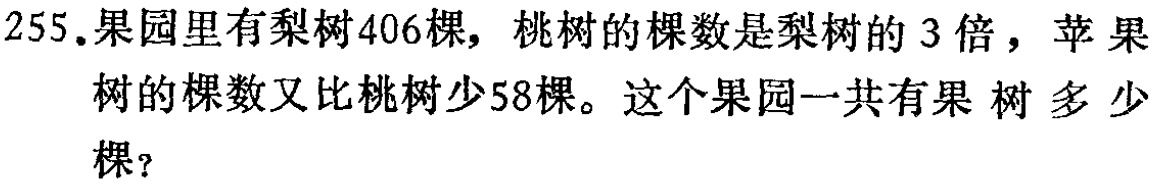
255.果园里有梨树406棵，桃树的棵数是梨树的3倍，苹果树的棵数又比桃树少58棵。这个果园一共有果树多少棵？